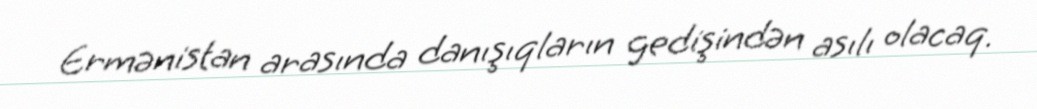
Ermənistan arasında danışıqların gedişindən asılı olacaq.